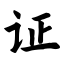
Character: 证